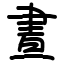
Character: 晝